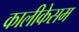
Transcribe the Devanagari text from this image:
कालीकेसम